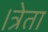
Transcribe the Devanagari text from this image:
।त्रेता